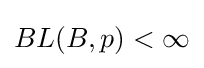
BL(B,p)<\infty